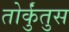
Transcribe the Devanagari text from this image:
तोर्कुंतुस